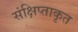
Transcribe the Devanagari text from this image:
संक्षिप्ताकृत